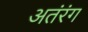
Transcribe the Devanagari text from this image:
अतंरंग